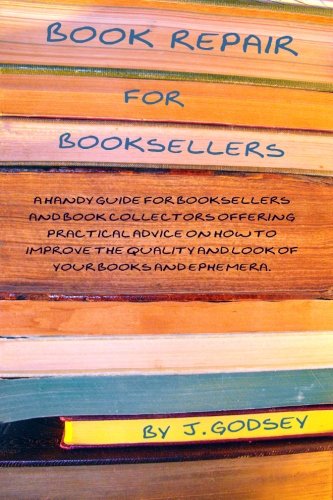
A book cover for Book Repair for Booksellers: A guide for booksellers offering practical advice on book repair; Joyce Godsey; Crafts, Hobbies & Home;